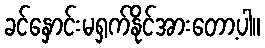
ခင်နှောင်းမရှက်နိုင်အားတော့ပါ။